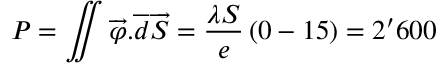
P = \iint \overrightarrow { \varphi } . \overrightarrow { d S } = \frac { \lambda S } { e } \left( 0 - 1 5 \right) = 2 ^ { \prime } 6 0 0